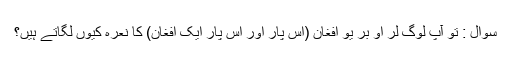
سوال : تو آپ لوگ لر او بر یو افغان (اِس پار اور اُس پار ایک افغان) کا نعرہ کیوں لگاتے ہیں؟